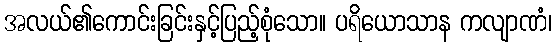
အလယ်၏ကောင်းခြင်းနှင့်ပြည့်စုံသော။ ပရိယောသာန ကလျာဏံ၊